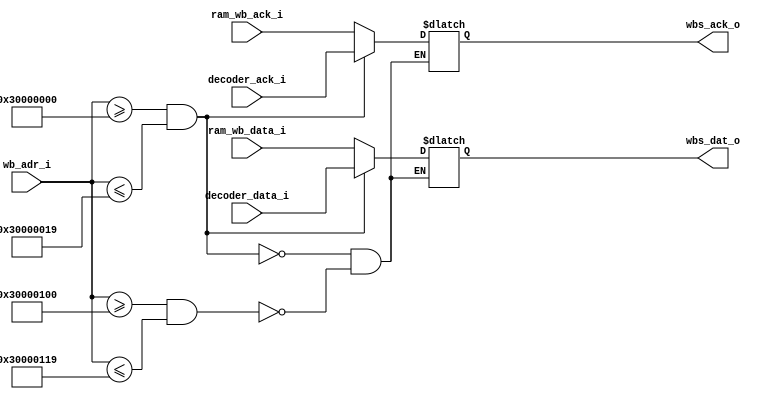
module wishbone_plexer(
`ifdef USE_POWER_PINS
    inout vdd,		// User area 5.0V supply    
    inout vss,		// User area ground
`endif

    input [31:0] wb_adr_i,

    input [31:0] decoder_data_i,
    input decoder_ack_i,

    input [31:0] ram_wb_data_i,
    input ram_wb_ack_i,

    output reg wbs_ack_o,
    output reg [31:0] wbs_dat_o,
);


   localparam DECODER_START_ADDR =  32'h30000000;
   localparam DECODER_END_ADDR = 32'h30000019;
   localparam RAM_WB_START_ADDR = 32'h30000100;
   localparam RAM_WB_END_ADDR = 32'h30000119;

    always @ (*) begin
        if (wb_adr_i >= DECODER_START_ADDR && wb_adr_i <= DECODER_END_ADDR) begin
            wbs_ack_o <= decoder_ack_i;
            wbs_dat_o <= decoder_data_i;
        end else if (wb_adr_i >= RAM_WB_START_ADDR && wb_adr_i <= RAM_WB_END_ADDR) begin
            wbs_ack_o <= ram_wb_ack_i;
            wbs_dat_o <= ram_wb_data_i;
        end
    end


endmodule